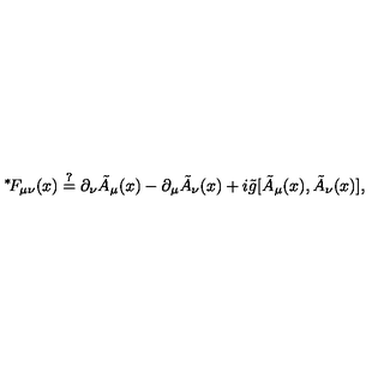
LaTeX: \mathrm { \mathrm { } ^ * \! } F _ { \mu \nu } ( x ) \stackrel { ? } { = } \partial _ { \nu } \tilde { A } _ { \mu } ( x ) - \partial _ { \mu } \tilde { A } _ { \nu } ( x ) + i \tilde { g } [ \tilde { A } _ { \mu } ( x ) , \tilde { A } _ { \nu } ( x ) ] ,